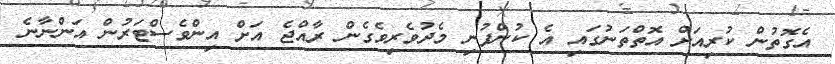
އެގޮތުން ކުރިއަށް އޮތްތަނުގައި އެ ކުންފުނި މެދުވެރިވެގެން ރާއްޖެ އަށް އިންވެސްޓަރުން އަންނާނެ